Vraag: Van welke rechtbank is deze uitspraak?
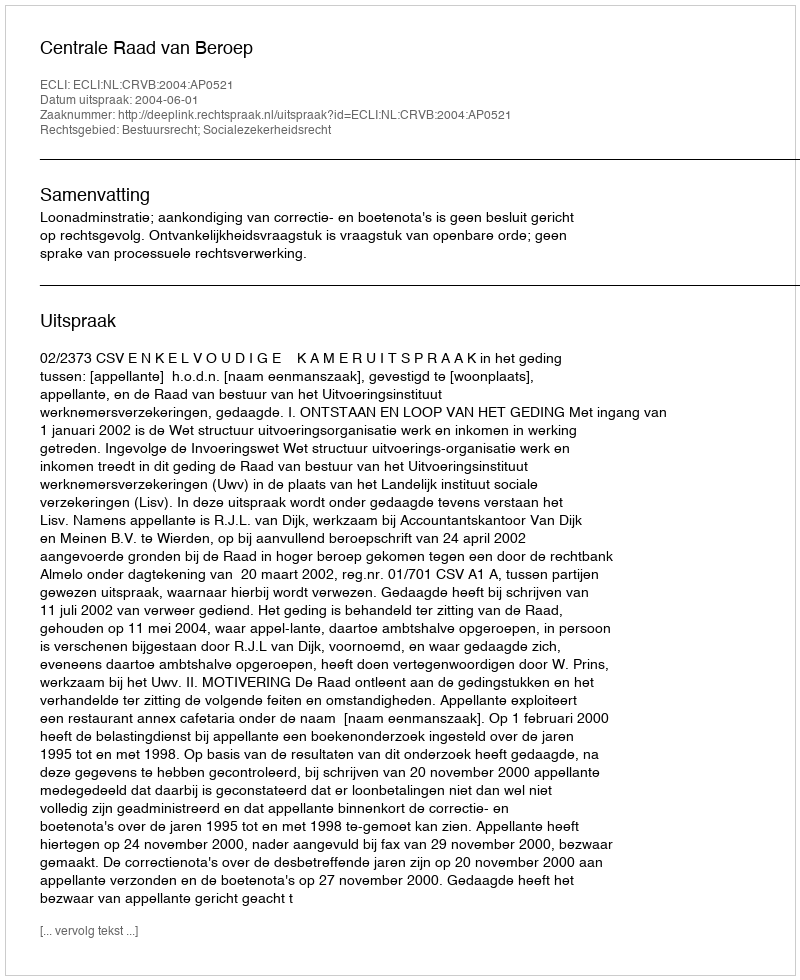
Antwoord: Centrale Raad van Beroep